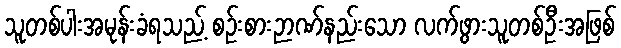
သူတစ်ပါးအမုန်းခံရသည့် စဉ်းစားဉာဏ်နည်းသော လက်ဖွားသူတစ်ဦးအဖြစ်